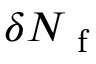
\delta N _ { \mathrm { ~ f ~ } }